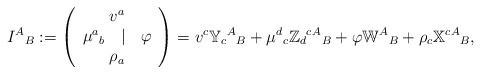
LaTeX: \begin{align*}I^A{}_B := \left( \begin{array}{c} v^a \\ \mu^a{}_{b} \ \ \mid \ \ \varphi \\ \rho_a \end{array} \right)= v^c{\mathbb Y}_c{}^{A}{}_{B} + \mu^d{}_{c}{\mathbb Z}_d{}^{c}{}^A{}_{B}+\varphi{\mathbb W}^{A}{}_{B}+\rho_c{\mathbb X}^{c}{}^A{}_{B},\end{align*}